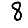
Digit: 8